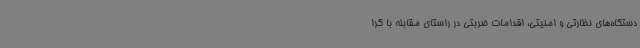
دستگاه‌های نظارتی و امنیتی، اقدامات ضربتی در راستای مقابله با گرا